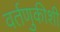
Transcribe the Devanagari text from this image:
वर्तणुकीशी